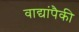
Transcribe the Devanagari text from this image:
वाद्यांपैकी